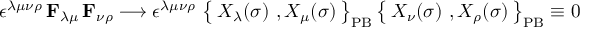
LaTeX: \epsilon ^ { \lambda \mu \nu \rho } \, \mathbf { F } _ { \lambda \mu } \, \mathbf { F } _ { \nu \rho } \longrightarrow \epsilon ^ { \lambda \mu \nu \rho } \, \left\{ \, X _ { \lambda } ( \sigma ) \ , X _ { \mu } ( \sigma ) \, \right\} _ { \mathrm { P B } } \left\{ \, X _ { \nu } ( \sigma ) \ , X _ { \rho } ( \sigma ) \, \right\} _ { \mathrm { P B } } \equiv 0